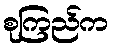
စုကြည်က